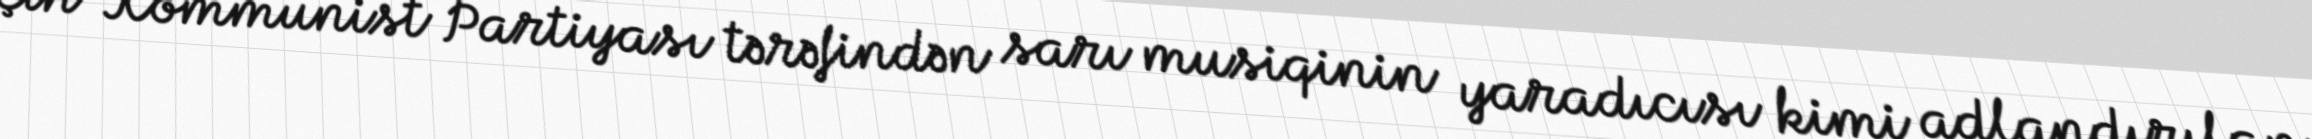
Çin Kommunist Partiyası tərəfindən sarı musiqinin yaradıcısı kimi adlandırılan